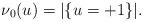
LaTeX: \begin{align*} \nu_0(u)=|\{u=+1\}|. \end{align*}